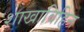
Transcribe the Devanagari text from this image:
शाखाविहिन